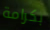
بكرامة